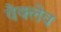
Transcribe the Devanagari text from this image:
वैक्लेव